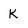
Character: K